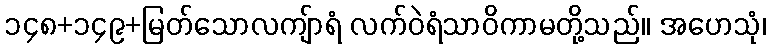
၁၄၈+၁၄၉+မြတ်သောလကျ်ာရံ လက်ဝဲရံသာဝိကာမတို့သည်။ အဟေသုံ၊